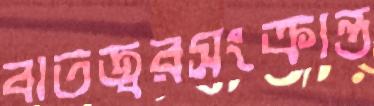
বাতজ্বরসংক্রান্ত